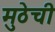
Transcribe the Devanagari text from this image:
मुठेची